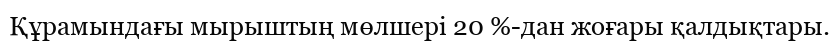
Құрамындағы мырыштың мөлшері 20 %-дан жоғары қалдықтары.